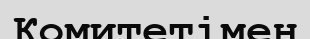
Комитетімен